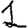
Digit: 1